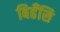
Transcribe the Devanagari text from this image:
बिहँसि